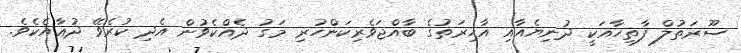
ސޫރަތުލް ފާތިޙާއަކީ ދުނިޔެއާއި އާޚިރަތުގެ ބާއްޖަވެރިކަންހުރި މަގު ދެއްކެވުން އެދި ކުރެވޭ ދުޢާއެކެވެ.